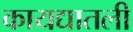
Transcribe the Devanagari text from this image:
कायद्यातली